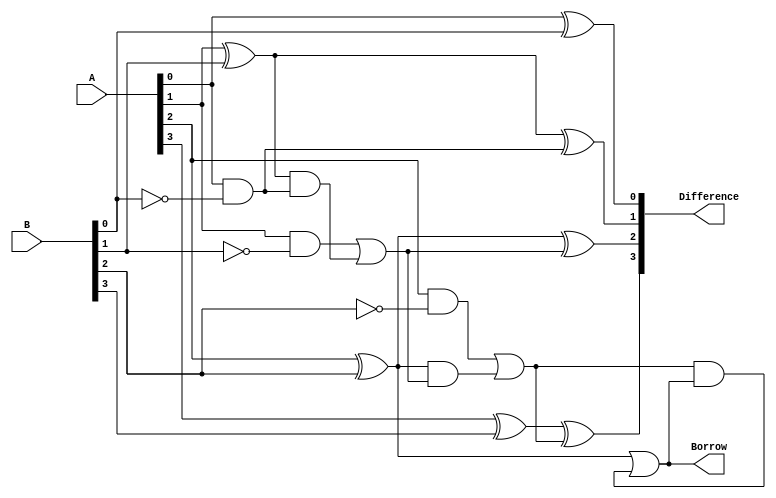
module carry_lookahead_subtractor (
    input wire [3:0] A,
    input wire [3:0] B,
    output wire [3:0] Difference,
    output wire Borrow
);

wire [2:0] G, P, C;

assign G[0] = A[0] & ~B[0];
assign P[0] = A[0] ^ B[0];
assign C[0] = P[0] | (G[0] & C[0]);

assign G[1] = A[1] & ~B[1] | (A[1] ^ B[1]) & G[0];
assign P[1] = A[1] ^ B[1];
assign C[1] = P[1] | (G[1] & C[1]);

assign G[2] = A[2] & ~B[2] | (A[2] ^ B[2]) & G[1];
assign P[2] = A[2] ^ B[2];
assign C[2] = P[2] | (G[2] & C[2]);

assign Borrow = C[2];

assign Difference[0] = A[0] ^ B[0];
assign Difference[1] = A[1] ^ B[1] ^ G[0];
assign Difference[2] = A[2] ^ B[2] ^ G[1];
assign Difference[3] = A[3] ^ B[3] ^ G[2];

endmodule